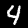
Digit: 4